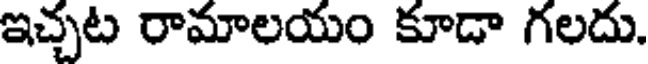
ఇచ్చట రామాలయం కూడా గలదు.